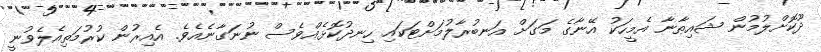
ދޫކޮށްލުމުން ޝައިޠާނާ އެމީހަކު އޭނާގެ މަގަށް އަނބުރާލުމަށްޓަކައި ހިނދުކޮޅެއްވެސް ނުނަގާނެއެވެ. އެއިރުން ކުރުމަތިއެލެވުނީ